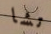
تشا